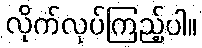
လိုက်လုပ်ကြည့်ပါ။